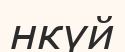
нкүй